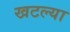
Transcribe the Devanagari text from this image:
खटल्या